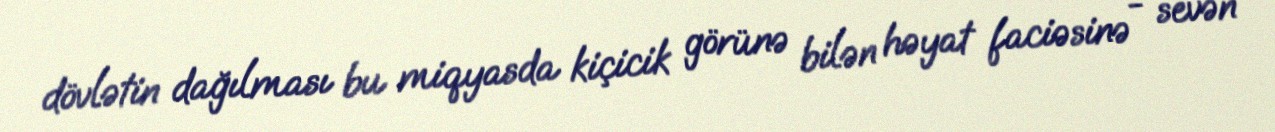
dövlətin dağılması bu miqyasda kiçicik görünə bilən həyat faciəsinə - sevən